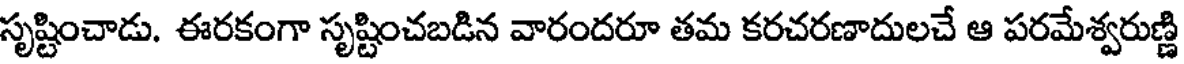
సృష్టించాడు. ఈరకంగా సృష్టించబడిన వారందరూ తమ కరచరణాదులచే ఆ పరమేశ్వరుణ్ణి